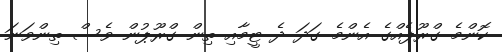
ކޮންމެ ގްރޫޕެއްގެ އެންމެ ގަދަ ދެ ޓީމާއި ތިން ގްރޫޕުން ވެސް ތިންވަނަ